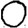
Digit: 0